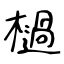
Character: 檛